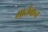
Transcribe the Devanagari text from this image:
मार्तबान